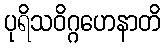
ပုရိသဝိဂ္ဂဟေနာတိ